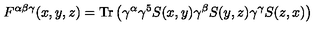
F ^ { \alpha \beta \gamma } ( x , y , z ) = \mathrm { T r } \left( \gamma ^ { \alpha } \gamma ^ { 5 } S ( x , y ) \gamma ^ { \beta } S ( y , z ) \gamma ^ { \gamma } S ( z , x ) \right)